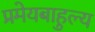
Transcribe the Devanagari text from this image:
प्रमेयबाहुल्य